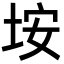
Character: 垵